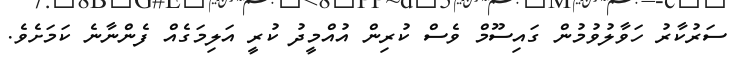
ސަރުކާރު ހަވާލުވުމުން ގައިސޫމް ވެސް ކުރިން އުއްމީދު ކުރީ އަލިމަގެއް ފެންނާނެ ކަމަށެވެ.